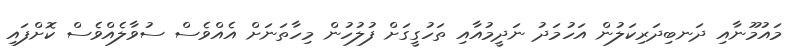
މައުމޫނާއި ދަނބިދަރިކަލުން އަހުމަދު ނަދީމުއާއި ތަހުގީގަށް ފުލުހުން މިހާތަނަށް އެއްވެސް ސުވާލެއްވެސް ކޮށްފައި